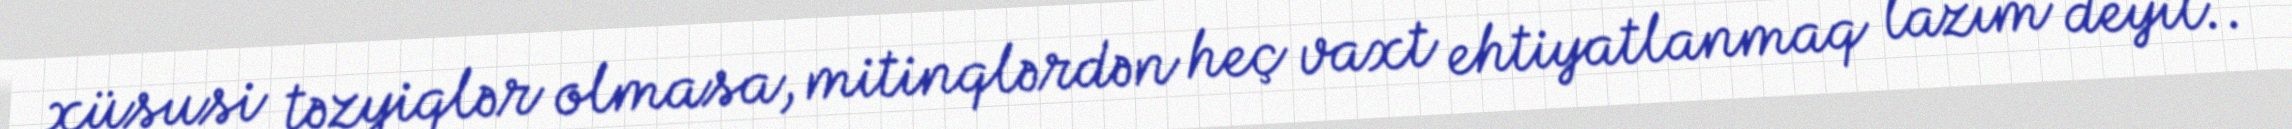
xüsusi təzyiqlər olmasa, mitinqlərdən heç vaxt ehtiyatlanmaq lazım deyil..